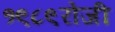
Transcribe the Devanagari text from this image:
१९८९रोजी